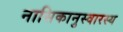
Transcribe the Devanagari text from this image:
नासिकानुस्वारस्य